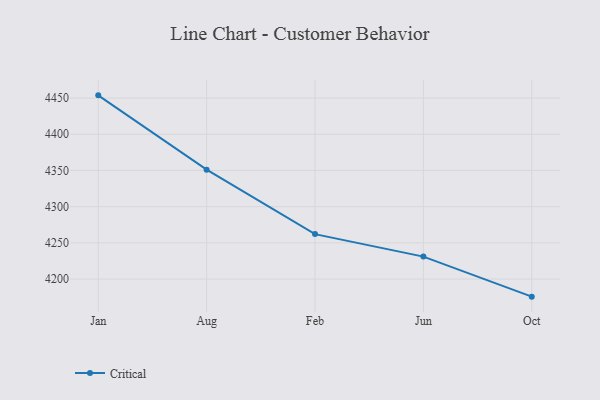
{"axis": {"x": "Month", "y": "Waste Production (Tons)"}, "legend": ["Critical"], "data": [{"x": "Jan", "y": 4453.8, "type": "Critical"}, {"x": "Aug", "y": 4351.1, "type": "Critical"}, {"x": "Feb", "y": 4262.1, "type": "Critical"}, {"x": "Jun", "y": 4231.0, "type": "Critical"}, {"x": "Oct", "y": 4175.7, "type": "Critical"}]}